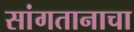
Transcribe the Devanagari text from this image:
सांगतानाचा